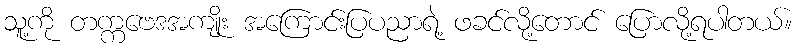
သူ့ကို တက္ကဗေဒအကျိုး အကြောင်းပြပညာရဲ့ ဖခင်လို့တောင် ပြောလို့ရပါတယ်။